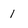
Character: 1